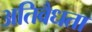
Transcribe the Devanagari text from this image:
अतिवैधता